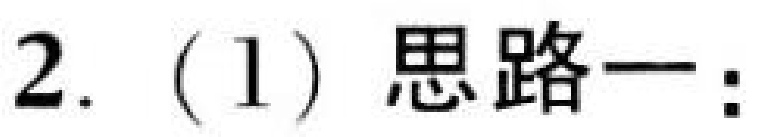
2. (1) 思路一：